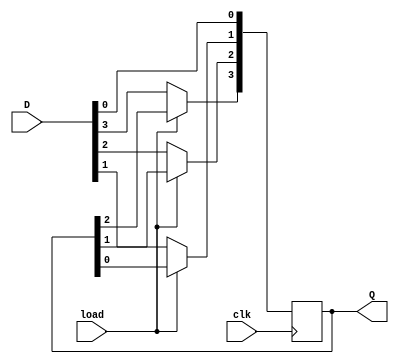
module PISO_reg(
    input [3:0] D,
    input clk,
	input load,
    output reg [3:0] Q
    );
	 always@(posedge clk)
		if(load)
		begin                // if load=1, serial output is obtained
			Q[0]<=D[0];
			Q[1]<=Q[0];
			Q[2]<=Q[1];
			Q[3]<=Q[2];
		end
		else
		begin               // if load=0, parallel input is loaded
			Q[0]<=D[0];
			Q[1]<=D[1];
			Q[2]<=D[2];
			Q[3]<=D[3];
		end
endmodule